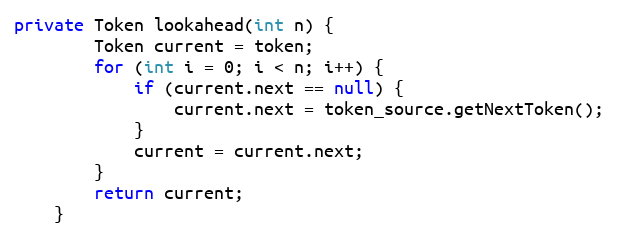
Language: Java
private Token lookahead(int n) {
        Token current = token;
        for (int i = 0; i < n; i++) {
            if (current.next == null) {
                current.next = token_source.getNextToken();
            }
            current = current.next;
        }
        return current;
    }